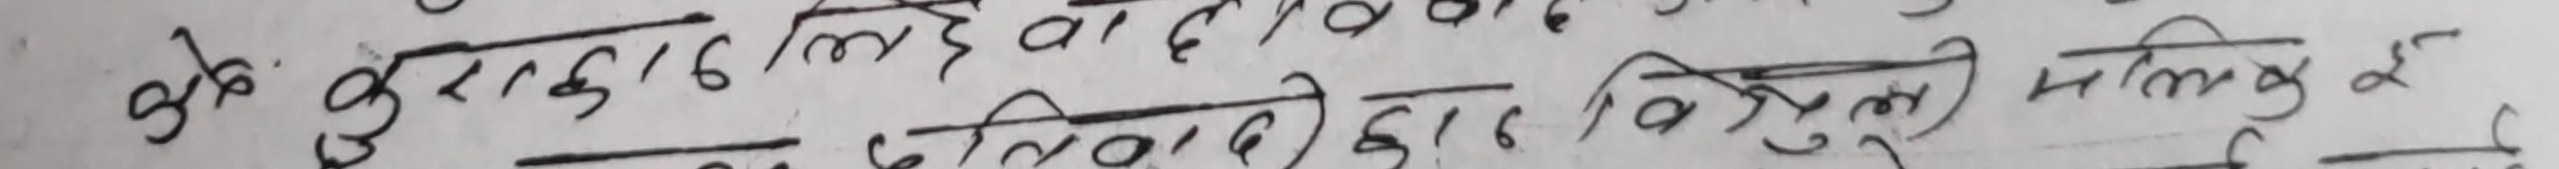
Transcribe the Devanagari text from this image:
के बुझ्दा लिई वा अन्तःकर
का दलिल द्वारा विक्री मालिकाई ले